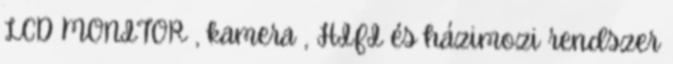
LCD MONITOR , kamera , HIFI és házimozi rendszer